Vaccination in Bombay 1863-1868 - 1863-1868
Year: 1863
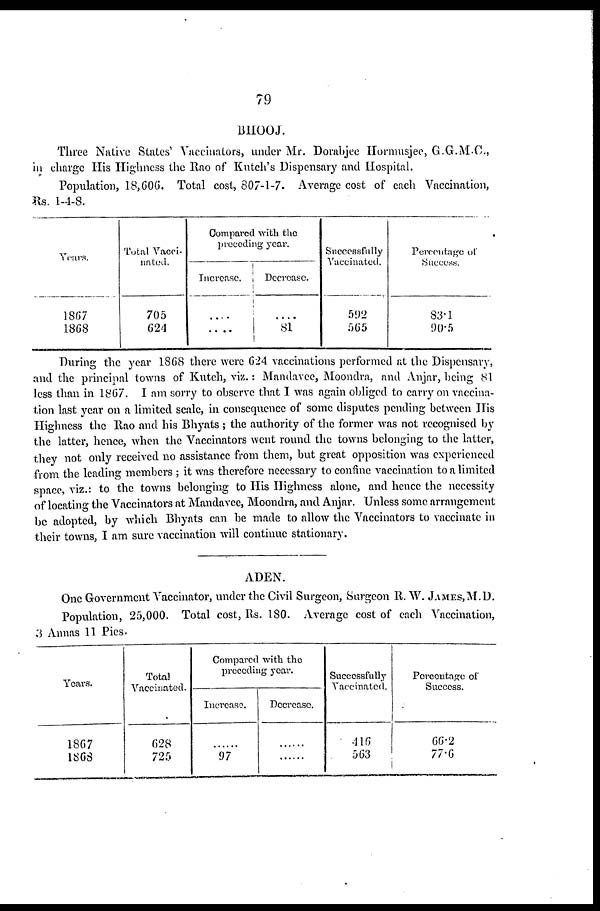
79
BHOOJ.
Three Native States' Vaccinators, under Mr. Dorabjee Hormusjee, G.G.M.C.,
in charge His Highness the Rao of Kutch's Dispensary and Hospital.
Population, 18,606 . Total cost, 807-1-7. Average cost of each Vaccination,
Rs. 1-4-8.
Years.
1867
1868
Total Vacci¬
nated.
705
624
Compared with the
preceding year.
Increase.
....
....
Decrease.
....
81
Successfully
Vaccinated.
592
565
Percentage of
Success.
83.1
90.5
During the year 1868 there were 624 vaccinations performed at the Dispensary,
and the principal towns of Kutch, viz.: Mandavee, Moondra, and Anjar, being 81
less than in 1867. I am sorry to observe that I was again obliged to carry on vaccina¬
tion last year on a limited scale, in consequence of some disputes pending between His
Highness the Rao and his Bhyats ; the authority of the former was not recognised by
the latter, hence, when the Vaccinators went round the towns belonging to the latter,
they not only received no assistance from them, but great opposition was experienced
from the leading members ; it was therefore necessary to confine vaccination to a limited
space, viz.: to the towns belonging to His Highness alone, and hence the necessity
of locating the Vaccinators at Mandavee, Moondra, and Anjar. Unless some arrangement
be adopted, by which Bhyats can be made to allow the Vaccinators to vaccinate in
their towns, I am sure vaccination will continue stationary.
ADEN.
One Government Vaccinator, under the Civil Surgeon, Surgeon R. W. JAMES,M.D.
Population, 25,000. Total cost, Rs. 180. Average cost of each Vaccination,
3 Annas 11 Pies.
Years.
1867
1868
Total
Vaccinated.
628
725
Compared with the
preceding year.
Increase.
....
97
Decrease.
....
....
Successfully
Vaccinated.
416
563
Percentage of
Success.
66.2
77.6